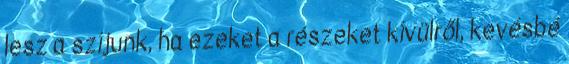
lesz a szíjunk, ha ezeket a részeket kívülről, kevésbé